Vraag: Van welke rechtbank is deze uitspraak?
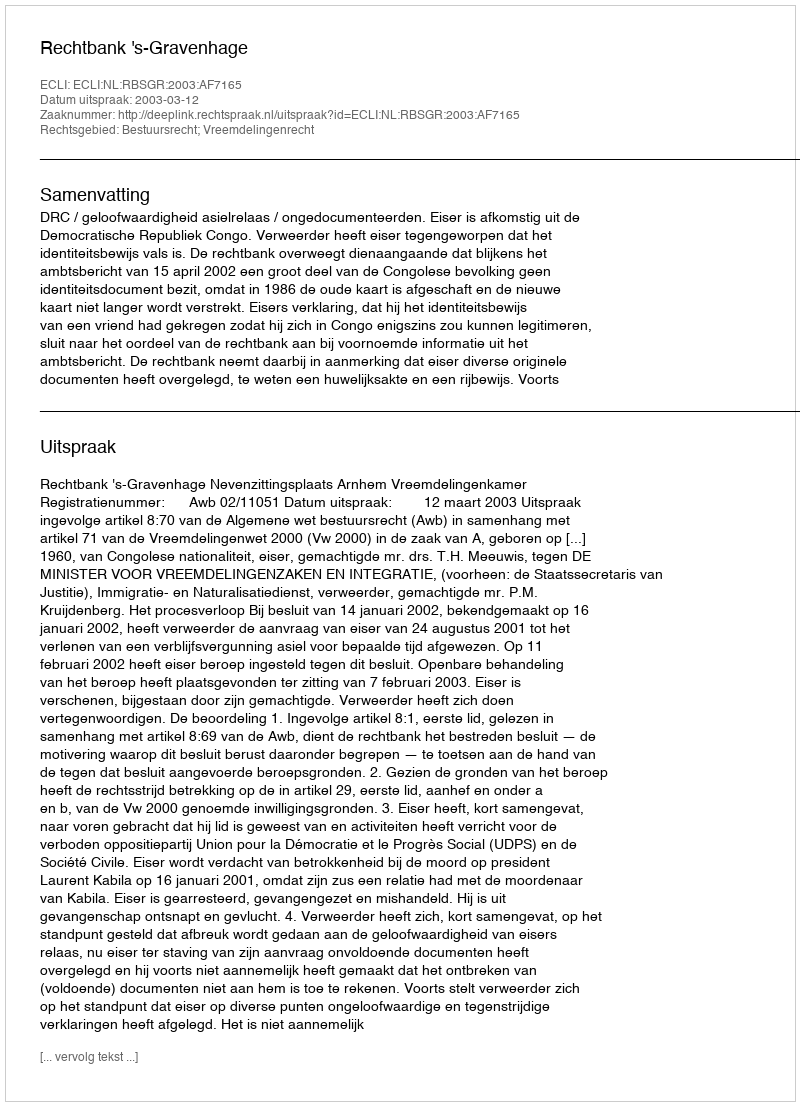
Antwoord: Rechtbank 's-Gravenhage